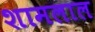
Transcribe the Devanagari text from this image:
शामलाल